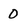
Character: 0